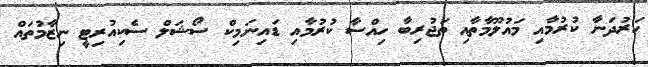
ހަރުދަނާ ކުރުމާއި މައުލޫމާތާއި ތަޖުރިބާ ހިއްސާ ކުރުމާއި ޑައިނަމިކް ސޯޝަލް ސެކިއުރިޓީ ނިޒާމުތައް